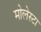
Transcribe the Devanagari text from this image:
मोलेस्टा